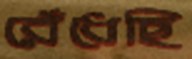
রেঁধেছি